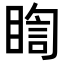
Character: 𭿈